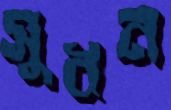
সুধন